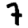
Digit: 7